Madras plague regulations in force outside the Presidency town - Volume 2
Disease focus: Plague
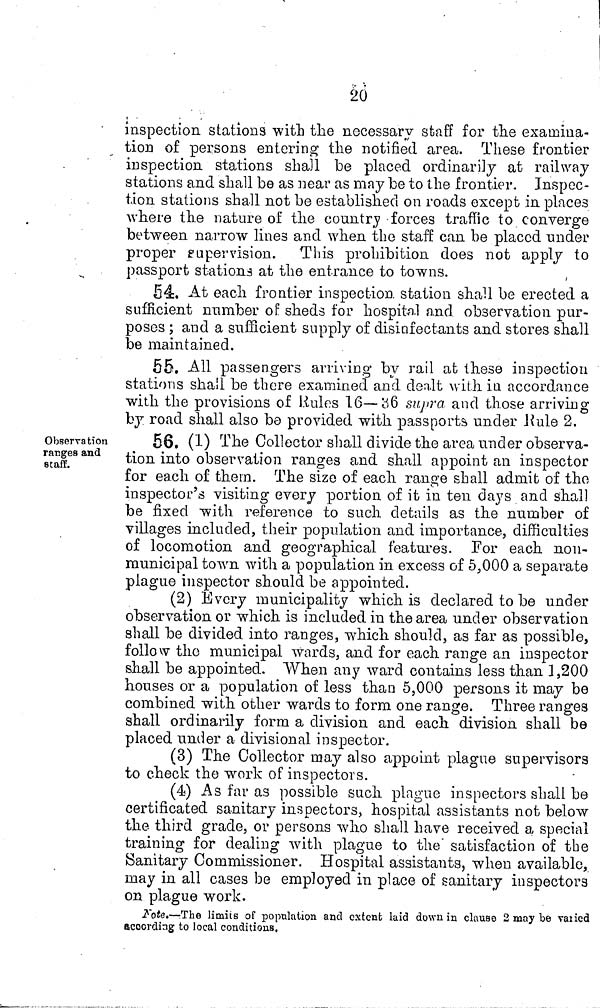
20
inspection stations with the necessary staff for the examina-
tion of persons entering the notified area. These frontier
inspection stations shall be placed ordinarily at railway
stations and shall be as near as may be to the frontier. Inspec-
tion stations shall not be established on roads except in places
where the nature of the country forces traffic to converge
between narrow lines and when the staff can be placed under
proper supervision. This prohibition does not apply to
passport stations at the entrance to towns.
54. At each frontier inspection station shall be erected a
sufficient number of sheds for hospital and observation pur-
poses ; and a sufficient supply of disinfectants and stores shall
be maintained.
55. All passengers arriving by rail at these inspection
stations shall be there examined and dealt with in accordance
with the provisions of Rules 16—36 supra and those arriving
by road shall also be provided with passports under Rule 2.
Observation
ranges and
staff.
56. (1) The Collector shall divide the area under observa-
tion into observation ranges and shall appoint an inspector
for ea.ch of them. The size of each range shall admit of tho
inspector's visiting every portion of it in ten days and shall
be fixed with reference to such details as the number of
villages included, their population and importance, difficulties
of locomotion and geographical features. For each non-
municipal town with a population in excess of 5,000 a separate
plague inspector should be appointed.
(2) Every municipality which is declared to be under
observation or which is included in the area under observation
shall be divided into ranges, which should, as far as possible,
follow tho municipal wards, and for each range an inspector
shall be appointed. When any ward contains less than 1,200
houses or a population of less than 5,000 persons it may be
combined with other wards to form one range. Three ranges
shall ordinarily form a division and each division shall be
placed under a divisional inspector.
(3) The Collector may also appoint plague supervisors
to check the work of inspectors.
(4) As far as possible such plague inspectors shall be
certificated sanitary inspectors, hospital assistants not below
the third grade, or persons who shall have received a special
training for dealing with plague to the" satisfaction of the
Sanitary Commissioner. Hospital assistants, when available,
may in all cases be employed in place of sanitary inspectors
on plague work.
Note.—The limits of population and extent laid down in clause 2 may be varied
according to local conditions.